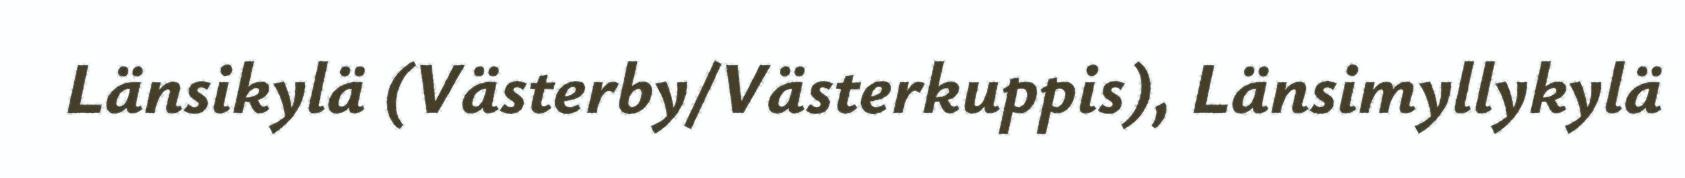
Länsikylä (Västerby/Västerkuppis), Länsimyllykylä